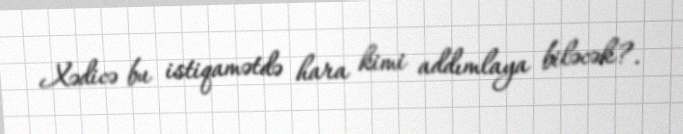
Xədicə bu istiqamətdə hara kimi addımlaya biləcək?.